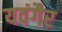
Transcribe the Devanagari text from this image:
यवंगैर